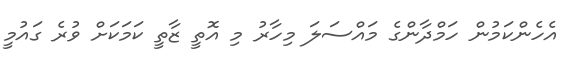
އެހެންކަމުން ހަމްދާންގެ މައްސަލަ މިހާރު މި އޮތީ ޒާތީ ކަމަކަށް ވުރެ ގައުމީ